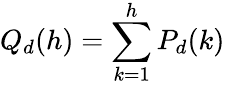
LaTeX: Q_{d}(h)=\sum_{k=1}^{h}P_{d}(k)